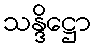
သန္ဒိဋ္ဌော